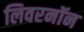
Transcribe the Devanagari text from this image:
लिवरनॉन